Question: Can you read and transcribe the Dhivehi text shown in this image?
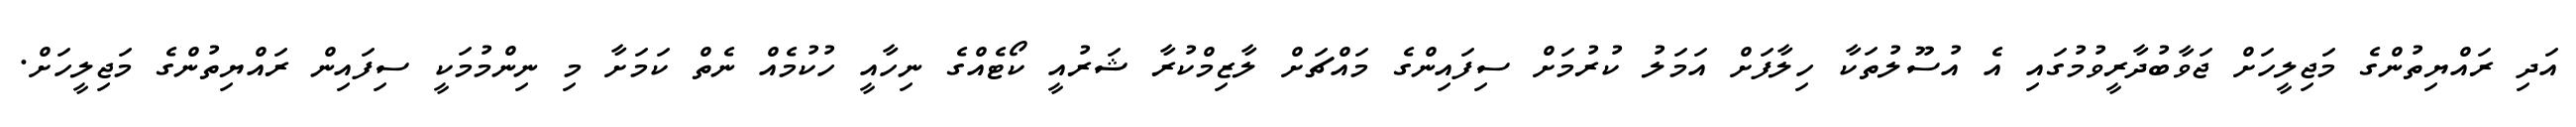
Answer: އަދި ރައްޔިތުންގެ މަޖިލީހަށް ޖަވާބުދާރީވުމުގައި އެ އުސޫލުތަކާ ހިލާފަށް އަމަލު ކުރުމަށް ސިފައިންގެ މައްޗަށް ލާޒިމްކުރާ ޝަރުއީ ކޯޓެއްގެ ނިހާއީ ހުކުމެއް ނެތް ކަމަށާ މި ނިންމުމަކީ ސިފައިން ރައްޔިތުންގެ މަޖިލީހަށް.